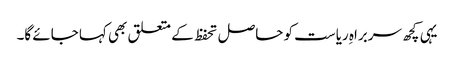
یہی کچھ سربراہِ ریاست کو حاصل تحفظ کے متعلق بھی کہا جائے گا۔